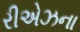
રીએઝના